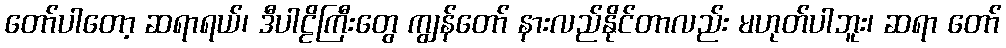
တော်ပါတော့ ဆရာရယ်၊ ဒီပါဠိကြီးတွေ ကျွန်တော် နားလည်နိုင်တာလည်း မဟုတ်ပါဘူး၊ ဆရာ တော်